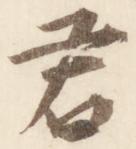
君